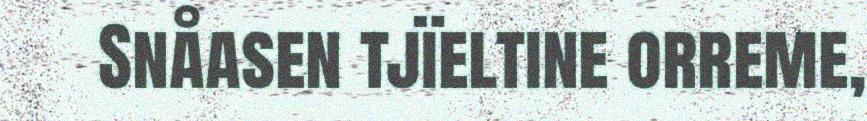
Snåasen tjïeltine orreme,